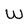
Character: W